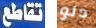
تقاطع دلو